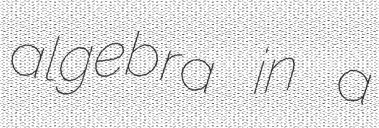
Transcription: algebra in a